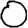
Digit: 0